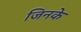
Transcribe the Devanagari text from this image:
जिनके